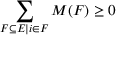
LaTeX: \sum _ { F \subseteq E | i \in F } M ( F ) \geq 0